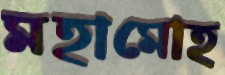
মহামোহ